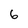
Character: 6